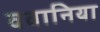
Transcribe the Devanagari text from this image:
ववानिया